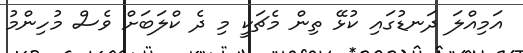
އަމިއްލަ ދަނޑުގައި ކުޅޭ ތިން މެޗަކީ މި ދެ ކްލަަބަށް ވެސް މުހިންމު